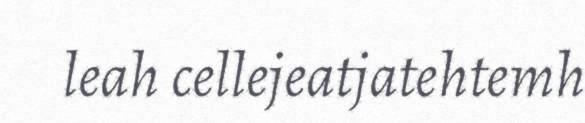
leah cellejeatjatehtemh